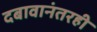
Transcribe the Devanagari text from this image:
दबावानंतरही